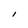
Character: I